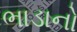
ભાડાનો